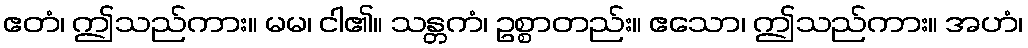
ဧတံ၊ ဤသည်ကား။ မမ၊ ငါ၏။ သန္တကံ၊ ဥစ္စာတည်း။ ဧသော၊ ဤသည်ကား။ အဟံ၊